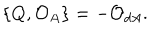
\{ Q , { \cal O } _ { A } \} = - { \cal O } _ { d A } .